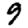
Digit: 9